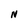
Character: N